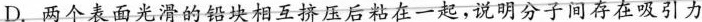
D.两个表面光滑的铅块相互挤压后粘在一起，说明分子间存在吸引力